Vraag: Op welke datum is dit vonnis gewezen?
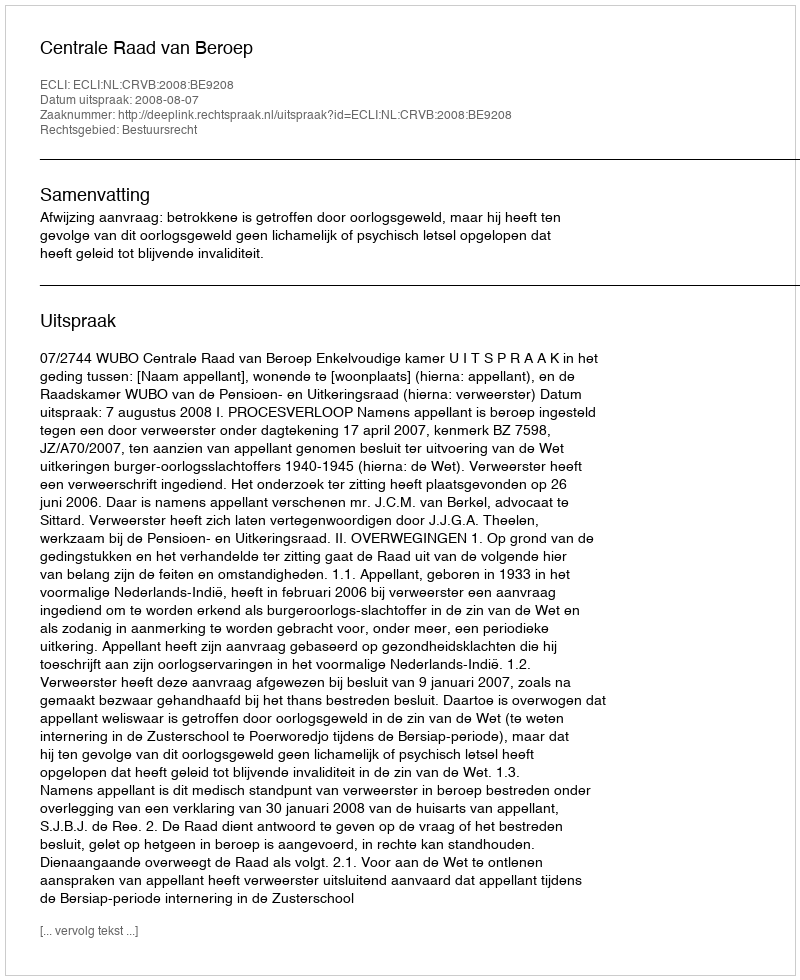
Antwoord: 2008-08-07